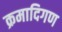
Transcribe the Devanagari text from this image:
क्रमादिगण